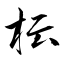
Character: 枟